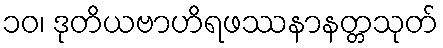
၁၀၊ ဒုတိယဗာဟိရဖဿနာနတ္တသုတ်